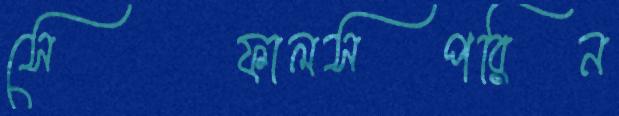
সেফালসপরিন